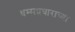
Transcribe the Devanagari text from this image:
धम्मप्रचाराच्या